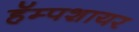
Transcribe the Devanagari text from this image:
हॅम्पशायर